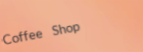
Coffee Shop